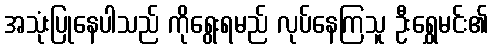
အသုံးပြုနေပါသည် ကိုရွေးရမည် လုပ်နေကြသူ ဦးရွှေမင်း၏